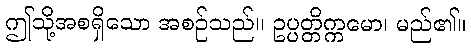
ဤသို့အစရှိသော အစဉ်သည်။ ဥပ္ပတ္တိက္ကမော၊ မည်၏။